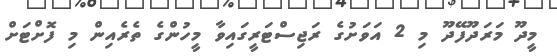
މީދޫ މަރަދޫފޭދޫ މި 2 އަވަށުގެ ރަޖިސްޓަރީގައިވާ މީހުންގެ ތެރެއިން މި ފޮށްޓަށް